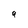
Character: q